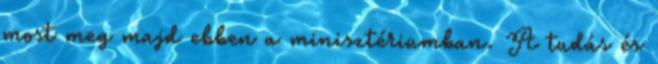
most meg majd ebben a minisztériumban. A tudás és